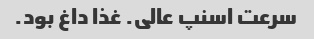
سرعت اسنپ عالی. غذا داغ بود.